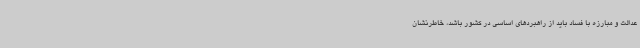
عدالت و مبارزه با فساد باید از راهبردهای اساسی در کشور باشد، خاطرنشان